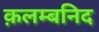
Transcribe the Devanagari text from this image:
क़लम्बनिद